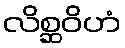
လိစ္ဆဝိဟံ